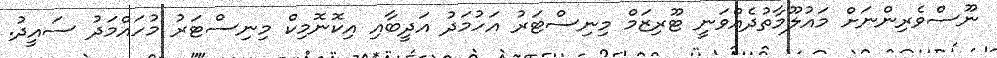
ނޫސްވެރިންނަށް މައުލޫމާތުދެއްވަނީ ޓޫރިޒަމް މިނިސްޓަރު އަހުމަދު އަދީބާއި އިކޮނޮމިކް މިނިސްޓަރު މުހައްމަދު ސައީދު.